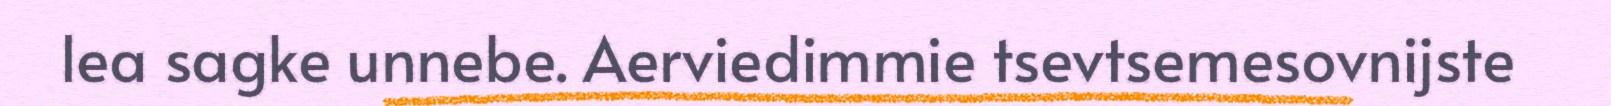
lea sagke unnebe. Aerviedimmie tsevtsemesovnijste